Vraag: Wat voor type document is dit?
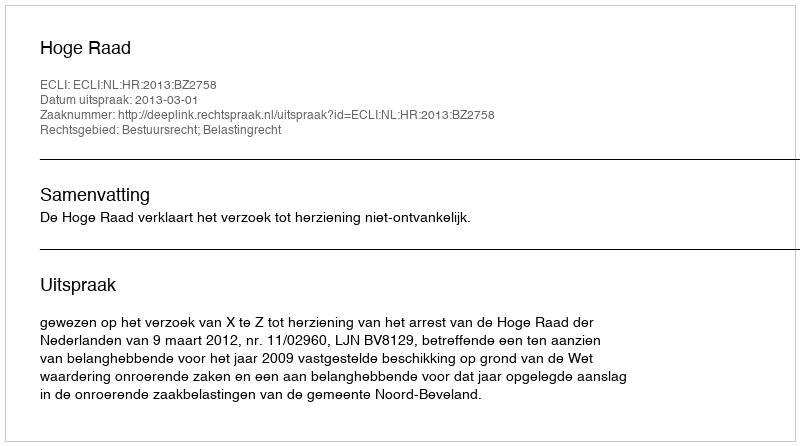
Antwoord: Uitspraak